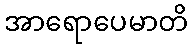
အာရောပေမာတိ